Lunatic asylums Madras 1892-1911 - 1892-1911
Year: 1892
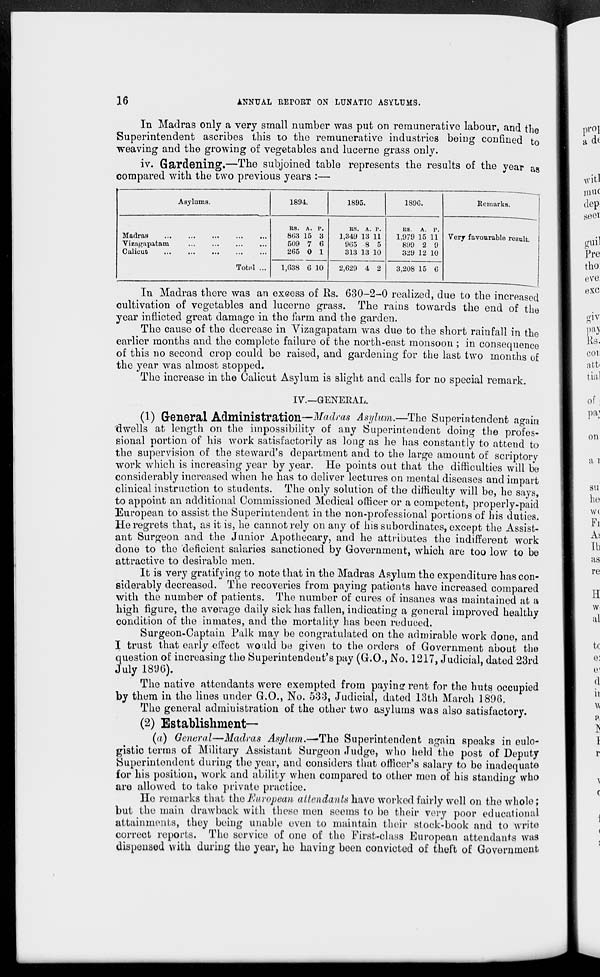
16
ANNUAL REPORT ON LUNATIC ASYLUMS.
In Madras only a very small number was put on remunerative labour, and the
Superintendent ascribes this to the remunerative industries being confined to
weaving and the growing of vegetables and lucerne grass only.
iv. Gardening.—The subjoined table represents the results of the year aa
compared with the two previous years :—
Asylums.
1891.
1895.
189G.
Madras
Vizagapatam
Calicut
Total ...
R9. A. P.
803 15 3
509 7 6
265 0 1
1,638 6 10
RS. A. P.
1,349 13 11
965 8 5
313 13 10
2,629 4 2
RS.
A. P.
1,979 15 11
899 2 9
329 12 10
3,208 15 6
Keniarks.
Verj favourable result.
In Madras there was an exeess of Rs. 630-2-0 realized, due to the increased
cultivation of vegetables and lucerne grass. The rains towards the end of the
year inflicted great damage in the farm and the garden.
The cause of the decrease in Vizagapatam was due to the short rainfall in the
earlier months and the complete failure of the north-east monsoon ; in consequence
of this no second crop could be raised, and gardening for the last two months of
the year was almost stopped.
The increase in the Calicut Asylum is slight and calls for no special remark.
IV.—GENEEAL.
(1) General Administration—Madras Asylum.—The Superintendent again
dwells at length on the impossibility of any (Superintendent doing the profes-
sional portion of his work satisfactorily as long as he has constantly to attend to
the supervision of the steward's department and to the large amount of scriptory
work which is increasing year by year. He points out that the difficulties will be
considerably increased when he has to deliver lectures on mental diseases and impart
clinical instruction to students. The only solution of the difficulty will be, he says,
to appoint an additional Commissioned Medical officer or a competent, properly-paid
European to assist the Superintendent in the non-professional portions of his duties.
He regrets that, as it is, he cannot rely on any of his subordinates, except the Assist-
ant Surgeon and the Junior Apothecary, and he attributes the indifferent work
done to the deficient salaries sanctioned by Government, which are too low to be
attractive to desirable men.
It is very gratifying to note that in the Madras Asylum the expenditure has con-
siderably decreased. The recoveries from paying patients have increased compared
with the number of patients. The number of cures of insanes was maintained at a
high figure, the average daily sick has fallen, indicating a general improved healthy
condition of the inmates, and the mortality has been reduced.
Surgeon-Captain Palk may be congratulated on the admirable work done, and
I trust that early effect would be given to the orders of Government about the
question of increasing the Superintendent's pay (G.O., No. 1217, Judicial, dated 23rd
July 18UG).
The native attendants were exempted from paying rent for the huts occupied
by them in the lines under G.O., No. 533, Judicial, dated 13th March 1896.
The general admiuistration of the other two asylums was also satisfactory.
(2) Establishment—
(a) General—Madras Asylum.—'The Superintendent again speaks in eulo-
gistic terms of Military Assistant Surgeon Judge, who held the post of Deputy
Superintendent during the year, and considers that officer's salary to be inadequate
for his position, work and ability when compared to other men of his standing who
are allowed to take private practice.
Ho remarks that the European attendants havo worked fairly well on the whole;
but the main drawback with those men seems to be their very poor educational
attainments, they being unable even to maintain their stock-book and to write
correct reports. The service of one of tlio First-class European attendants was
dispensed with during the year, he having been convicted of theft of Government